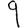
Digit: 9